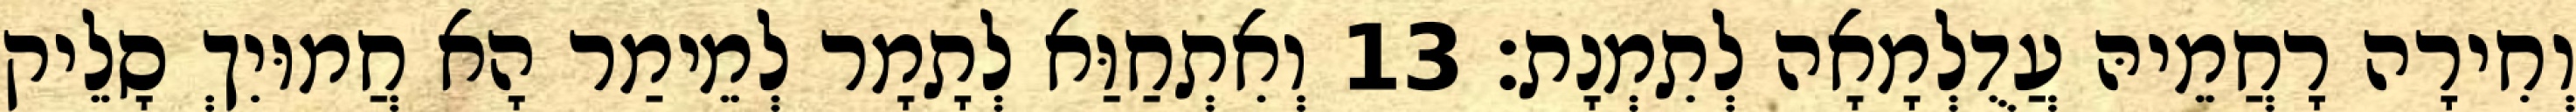
וְחִירָה רָחֲמֵיהּ עֲדֻלְמָאָה לְתִמְנָת׃ 13 וְאִתְחַוַּא לְתָמָר לְמֵימַר הָא חֲמוּיִךְ סָלֵיק